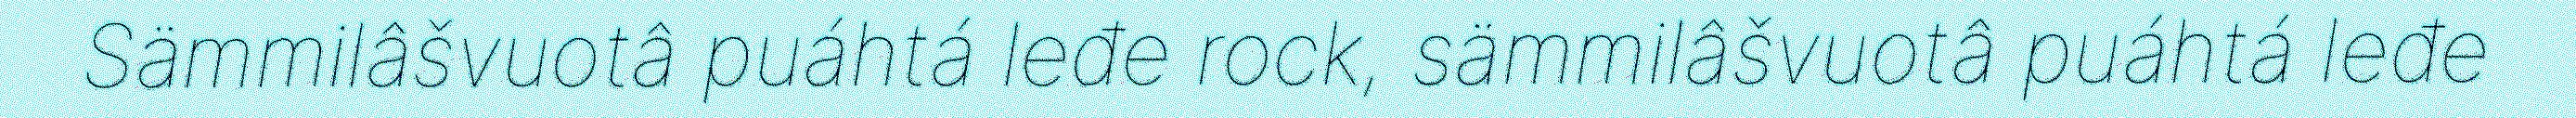
Sämmilâšvuotâ puáhtá leđe rock, sämmilâšvuotâ puáhtá leđe